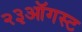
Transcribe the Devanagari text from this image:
२३ऑगस्ट